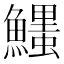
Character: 𩼞